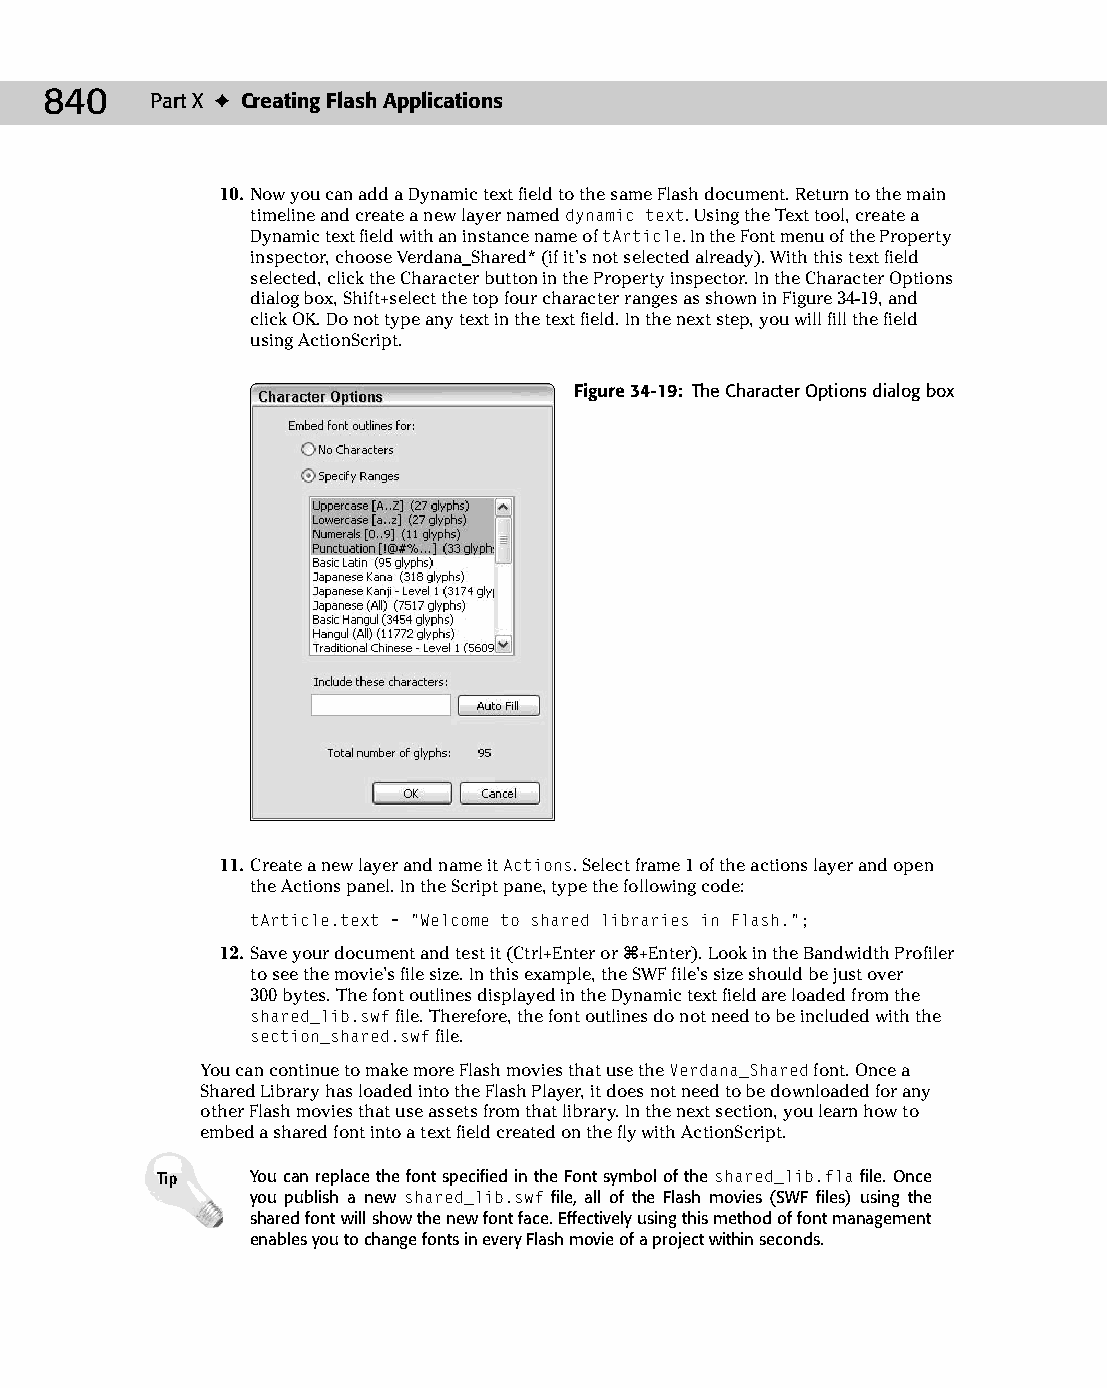
45 543547 ch34.qxd 3/24/04 4:15 PM Page 840
 840    Part X ✦ Creating Flash Applications
 10. Now you can add a Dynamic text field to the same Flash document. Return to the main
 timeline and create a new layer named dynamic text. Using the Text tool, create a
 Dynamic text field with an instance name of tArticle. In the Font menu of the Property
 inspector, choose Verdana_Shared* (if it’s not selected already). With this text field
 selected, click the Character button in the Property inspector. In the Character Options
 dialog box, Shift+select the top four character ranges as shown in Figure 34-19, and
 click OK. Do not type any text in the text field. In the next step, you will fill the field
 using ActionScript.
 Figure 34-19: The Character Options dialog box
 11. Create a new layer and name it Actions. Select frame 1 of the actions layer and open
 the Actions panel. In the Script pane, type the following code:
 tArticle.text = “Welcome to shared libraries in Flash.”;
 12. Save your document and test it (Ctrl+Enter or Ô+Enter). Look in the Bandwidth Profiler
 to see the movie’s file size. In this example, the SWF file’s size should be just over
 300 bytes. The font outlines displayed in the Dynamic text field are loaded from the
 shared_lib.swf file. Therefore, the font outlines do not need to be included with the
 section_shared.swf file.
 You can continue to make more Flash movies that use the Verdana_Shared font. Once a
 Shared Library has loaded into the Flash Player, it does not need to be downloaded for any
 other Flash movies that use assets from that library. In the next section, you learn how to
 embed a shared font into a text field created on the fly with ActionScript.
 Tip    You can replace the font specified in the Font symbol of the shared_lib.fla file. Once
 you publish a new shared_lib.swf file, all of the Flash movies (SWF files) using the
 shared font will show the new font face. Effectively using this method of font management
 enables you to change fonts in every Flash movie of a project within seconds.